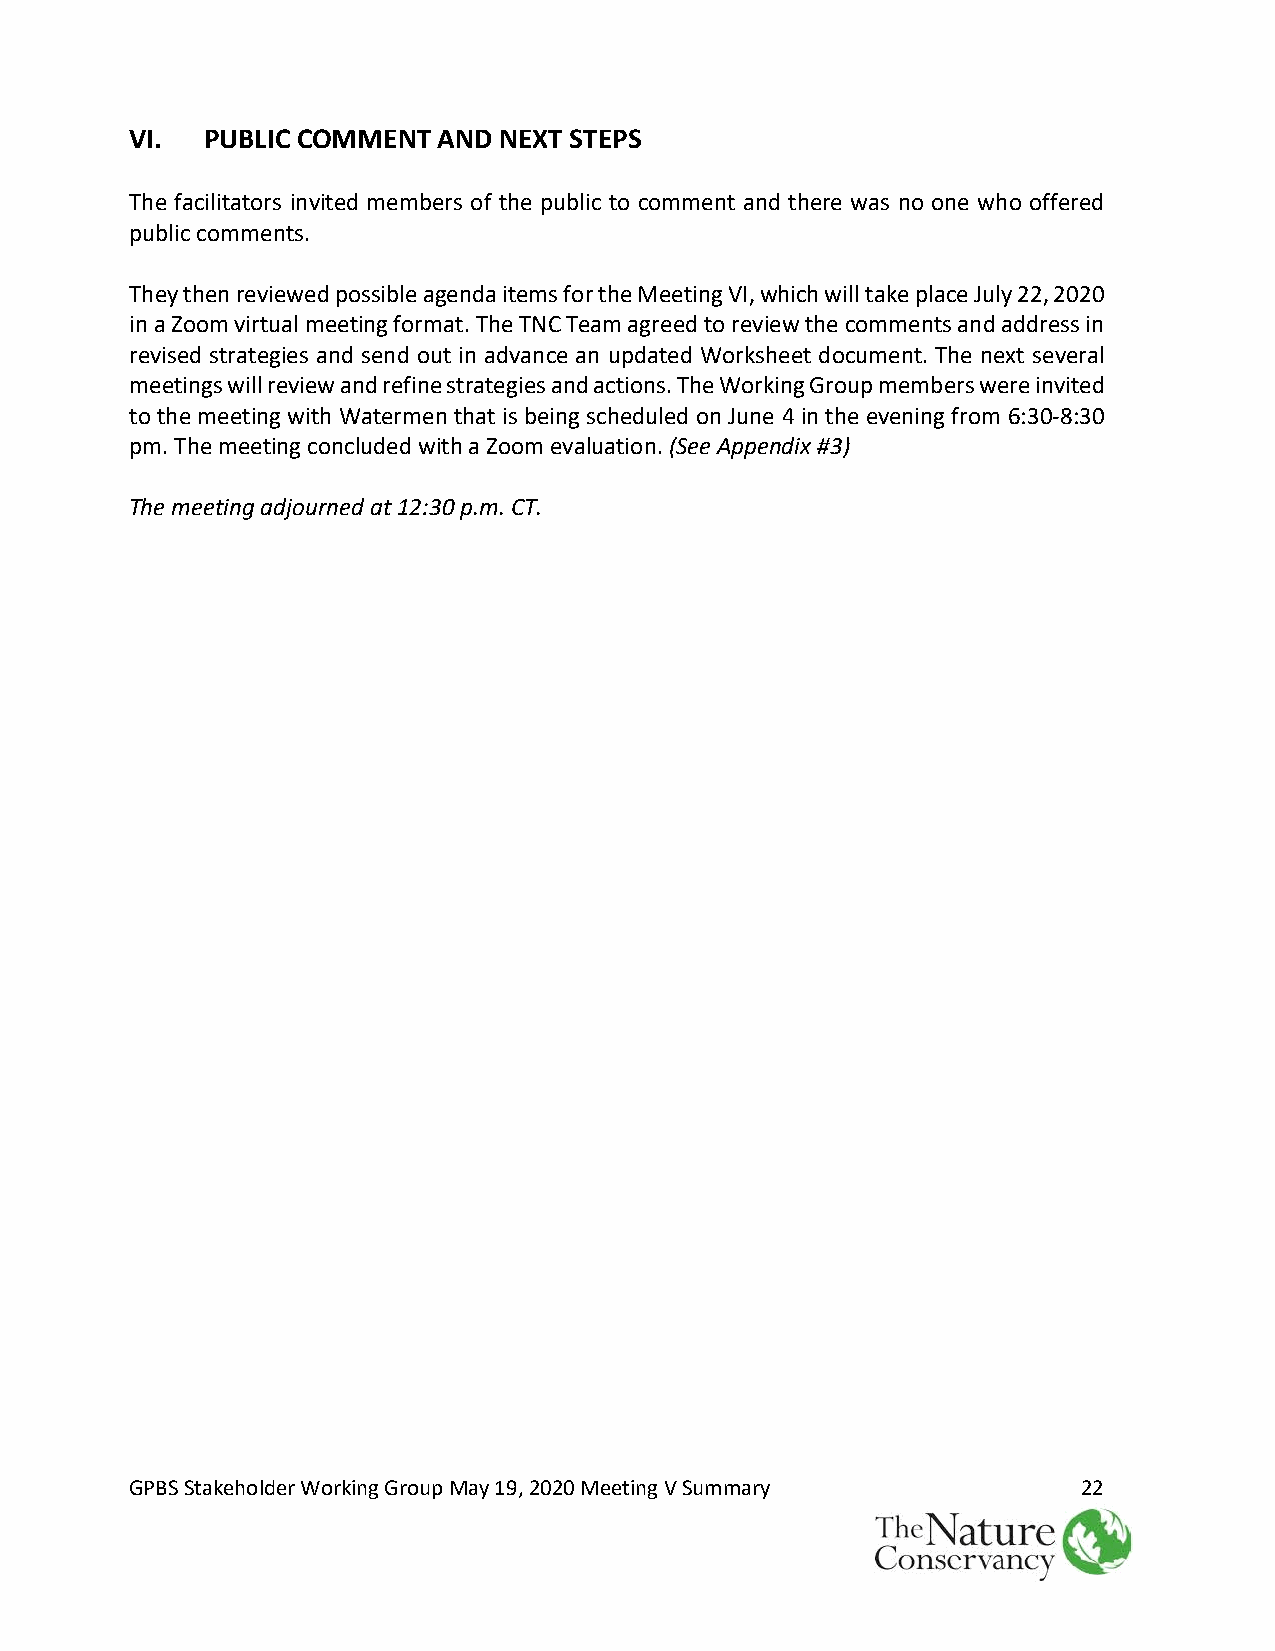
VI.  PUBLIC COMMENT AND NEXT STEPS
 The facilitators invited members of the public to comment and there was no one who offered
 public comments.
 They then reviewed possible agenda items for the Meeting VI, which will take place July 22, 2020
 in a Zoom virtual meeting format. The TNC Team agreed to review the comments and address in
 revised strategies and send out in advance an updated Worksheet document. The next several
 meetings will review and refine strategies and actions. The Working Group members were invited
 to the meeting with Watermen that is being scheduled on June 4 in the evening from 6:30-8:30
 pm. The meeting concluded with a Zoom evaluation. (See Appendix #3)
 The meeting adjourned at 12:30 p.m. CT.
 GPBS Stakeholder Working Group May 19, 2020 Meeting V Summary  22
 Nature   ~~
 The
 Conservancy ~